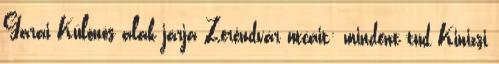
Garai Különös alak járja Zeréndvár utcáit: mindent tud Kinizsi